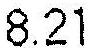
8.21